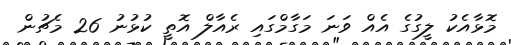
މޮޅާއެކު ލީގުގެ އެއް ވަނަ މަގާމްގައި ރެއާލް އޮތީ ކުޅުނު 26 މެޗުން